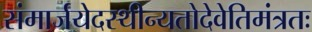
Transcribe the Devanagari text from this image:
संमार्जयेदस्थीन्यतोदेवेतिमंत्रतः